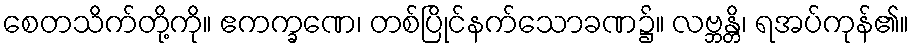
စေတသိက်တို့ကို။ ဧကက္ခဏေ၊ တစ်ပြိုင်နက်သောခဏ၌။ လဗ္ဘန္တိ၊ ရအပ်ကုန်၏။